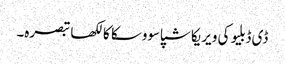
ڈی ڈبلیو کی ویریکا شپاسووسکا کا لکھا تبصرہ۔